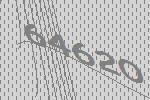
64620